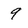
Character: 9